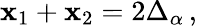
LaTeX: \mathbf{x}_{1}+\mathbf{x}_{2}=2\Delta_{\alpha}\, ,